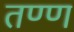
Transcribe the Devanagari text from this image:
तण्ण